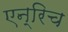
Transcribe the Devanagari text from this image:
एन्रिच